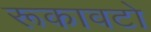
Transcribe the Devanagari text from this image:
रूकावटो